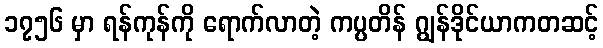
၁၇၅၆ မှာ ရန်ကုန်ကို ရောက်လာတဲ့ ကပ္ပတိန် ဂျွန်ဒိုင်ယာကတဆင့်